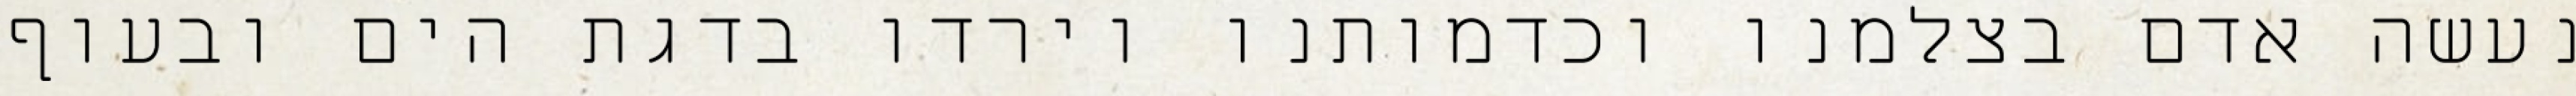
נעשה אדם בצלמנו וכדמותנו וירדו בדגת הים ובעוף